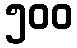
၅၀၀